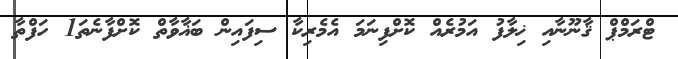
ޓްރަމްޕް ޤާނޫނާއި ޚިލާފު އަމުރެއް ކޮށްފިނަމަ އެމެރިކާ ސިފައިން ބަޣާވާތް ކޮށްފާނެތަ1 ހަފްތާ